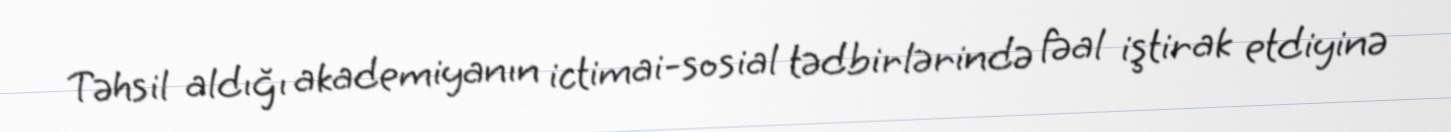
Təhsil aldığı akademiyanın ictimai-sosial tədbirlərində fəal iştirak etdiyinə